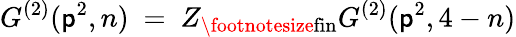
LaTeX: G^{(2)}(\mathsf{p}^{2},n)~=~Z_{\mathrm{{\footnotesize{fin}}}}G^{(2)}(\mathsf{p}^{2},4-n)